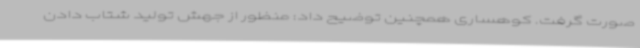
صورت گرفت. کوهساری همچنین توضیح داد: منظور از جهش تولید شتاب دادن